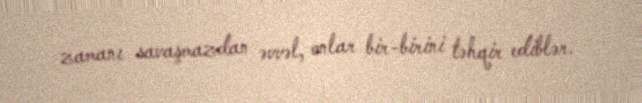
zamanı savaşmazdan əvvəl, onlar bir-birini təhqir ediblər.